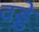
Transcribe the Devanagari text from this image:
वड्डे